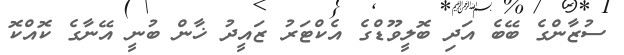
ސުޒާންގެ ބޭބެ އަދި ބޮލީވޫޑްގެ އެކްޓަރު ޒައީދު ޚާން ބުނީ އޭނާގެ ކޮއްކޮ